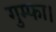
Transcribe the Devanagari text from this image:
गुम्फा।